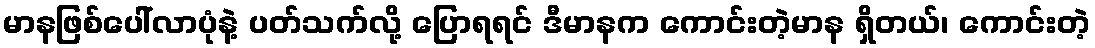
မာနဖြစ်ပေါ်လာပုံနဲ့ ပတ်သက်လို့ ပြောရရင် ဒီမာနက ကောင်းတဲ့မာန ရှိတယ်၊ ကောင်းတဲ့